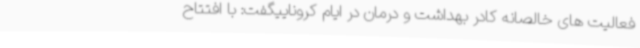
فعالیت های خالصانه کادر بهداشت و درمان در ایام کروناییگفت: با افتتاح